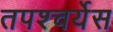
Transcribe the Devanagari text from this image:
तपश्चर्येस